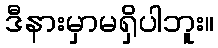
ဒီနားမှာမရှိပါဘူး။